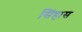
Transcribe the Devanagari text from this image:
सिंहास